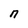
Character: n